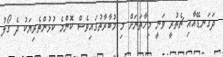
ދަގަނޑޭއާއި ޗެތުރީ ވަނީ މިހާތަނަށް މި މުބާރާތުގައިވެސް ކޮންމެ ކުޅުންތެރިޔަކު ދެ ގޯލު